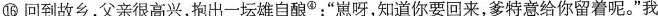
⑯回到故乡，父亲很高兴，抱出一坛雄自酿Φ：”崽呀，知道你要回来，爹特意给你留着呢。”我、